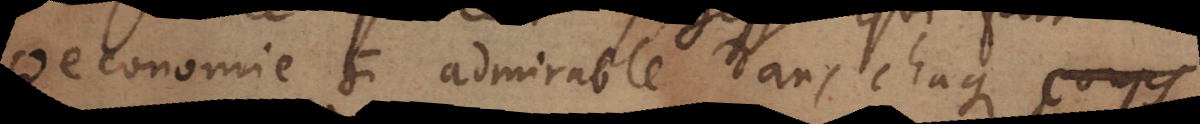
economie si admirable dans chaque corps